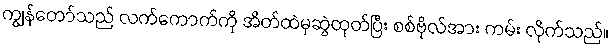
ကျွန်တော်သည် လက်ကောက်ကို အိတ်ထဲမှဆွဲထုတ်ပြီး စစ်ဗိုလ်အား ကမ်း လိုက်သည်။